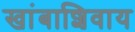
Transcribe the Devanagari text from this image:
खांबाशिवाय